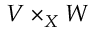
V \times _ { X } W